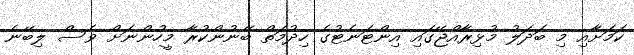
ކަމަށާއި މި ބަދަލު މުޅިރާއްޖޭގައި އިންޓަނެޓުގެ ހިދުމަތް ބޭނުންކުރާ މީހުންނަށް ވެސް ލިބޭނެ